Vaccination in the Punjab 1897-1904 - 1897-1904
Year: 1897
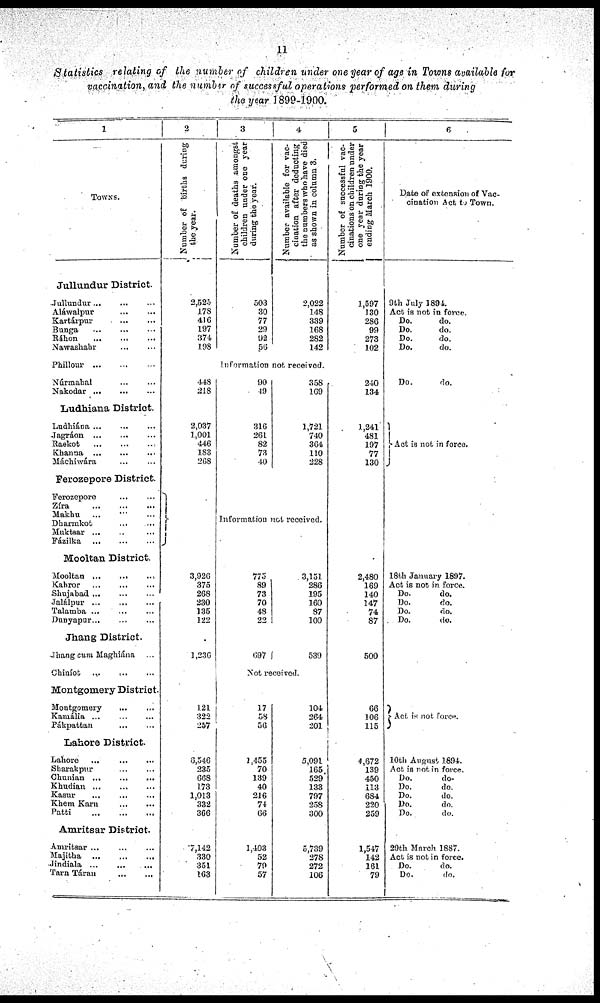
11
Statistics relating of the number of children under one year of age in Towns available for
vaccination, and the number of successful operations performed on them during
the year 1899-1900.
1
TOWNS.
Jullundur District
Jullundur
...
...
...
Aláwalpur ... ... ...
Kartárpur
...
...
...
Bunga
...
...
...
Ráhon
...
...
...
Nawashahr
...
...
...
Phillour ... ... ...
Núrmahal ... ... ...
Nakodar
...
...
...
Ludhiana District.
Ludhiána
...
...
...
Jagráon ... ... ...
Raekot ... ... ...
Khanna ... ... ...
Máchiwára ... ... ...
Ferozepore District.
Ferozepore ... ... ...
Zíra
...
...
...
Makhu ... ... ...
Dharmkot ... ... ...
Muktsar
...
...
...
Fázilka
...
...
...
Mooltan District.
Mooltan ... ... ...
Kahror ... ... ...
Shujabad ... ... ...
Jalálpur ... ... ...
Talamba ... ... ...
Dunyapur ... ... ...
Jhang District.
Jhang cum Maghiána ...
Chiníot
...
...
...
Montgomery District
Montgomery ... ... ...
Kamália
...
...
...
Pákpattan
...
...
...
Lahore District.
Lahore ... ... ...
Sharakpur ... ... ...
Chunian ... ... ...
Khudian ... ... ...
Kasur
...
...
...
Khem Karn ... ... ...
Patti
...
...
...
Amritsar District.
Amritsar ... ... ...
Majitha
...
...
...
Jindiala ... ... ...
Tarn Táran ... ... ...
2
Number of births during
the year.
2,525
178
416
197
374
198
3
Number of deaths amongst
children under one year
during the year.
503
30
77
29
92
56
4
Number available for vac-
cination after deducting
the numbers who have died
as shown in column 3.
2,022
148
339
168
282
142
5
Number of successful vac-
cinations on children under
one year during the year
ending March 1900.
1,597
130
286
99
273
102
Information not received.
448
218
2,037
1,001
446
183
268
90
49
316
261
82
73
40
358
169
1,721
740
364
110
228
240
134
1,241
481
197
77
130
Information not received.
3,926
375
268
230
135
122
1,236
775
89
73
70
48
22
697
3,151
286
195
160
87
100
539
2,480
169
140
147
74
87
500
Not received.
121
322
257
6,546
285
668
173
1,013
332
366
7,142
330
351
163
17
58
56
1,455
70
139
40
216
74
66
1,403
52
79
57
104
264
201
5,091
165
529
133
797
258
300
5,739
278
272
106
66
106
115
4,672
139
450
113
684
220
259
1,547
142
161
79
6
Date of extension of Vac-
cination Act to Town.
9th July 1894.
Act is not in force.
Do.
do.
Do.
do.
Do.
do.
Do.
do.
Do.
do.
Act is not in force.
18th January 1897.
Act is not in force.
Do.
do.
Do.
do.
Do.
do.
Do.
do.
Act is not force.
10th August 1894.
Act is not in force.
Do.
do.
Do.
do.
Do.
do.
Do.
do.
Do.
do.
29th March 1887.
Act is not in force.
Do.
do.
DO.
do.